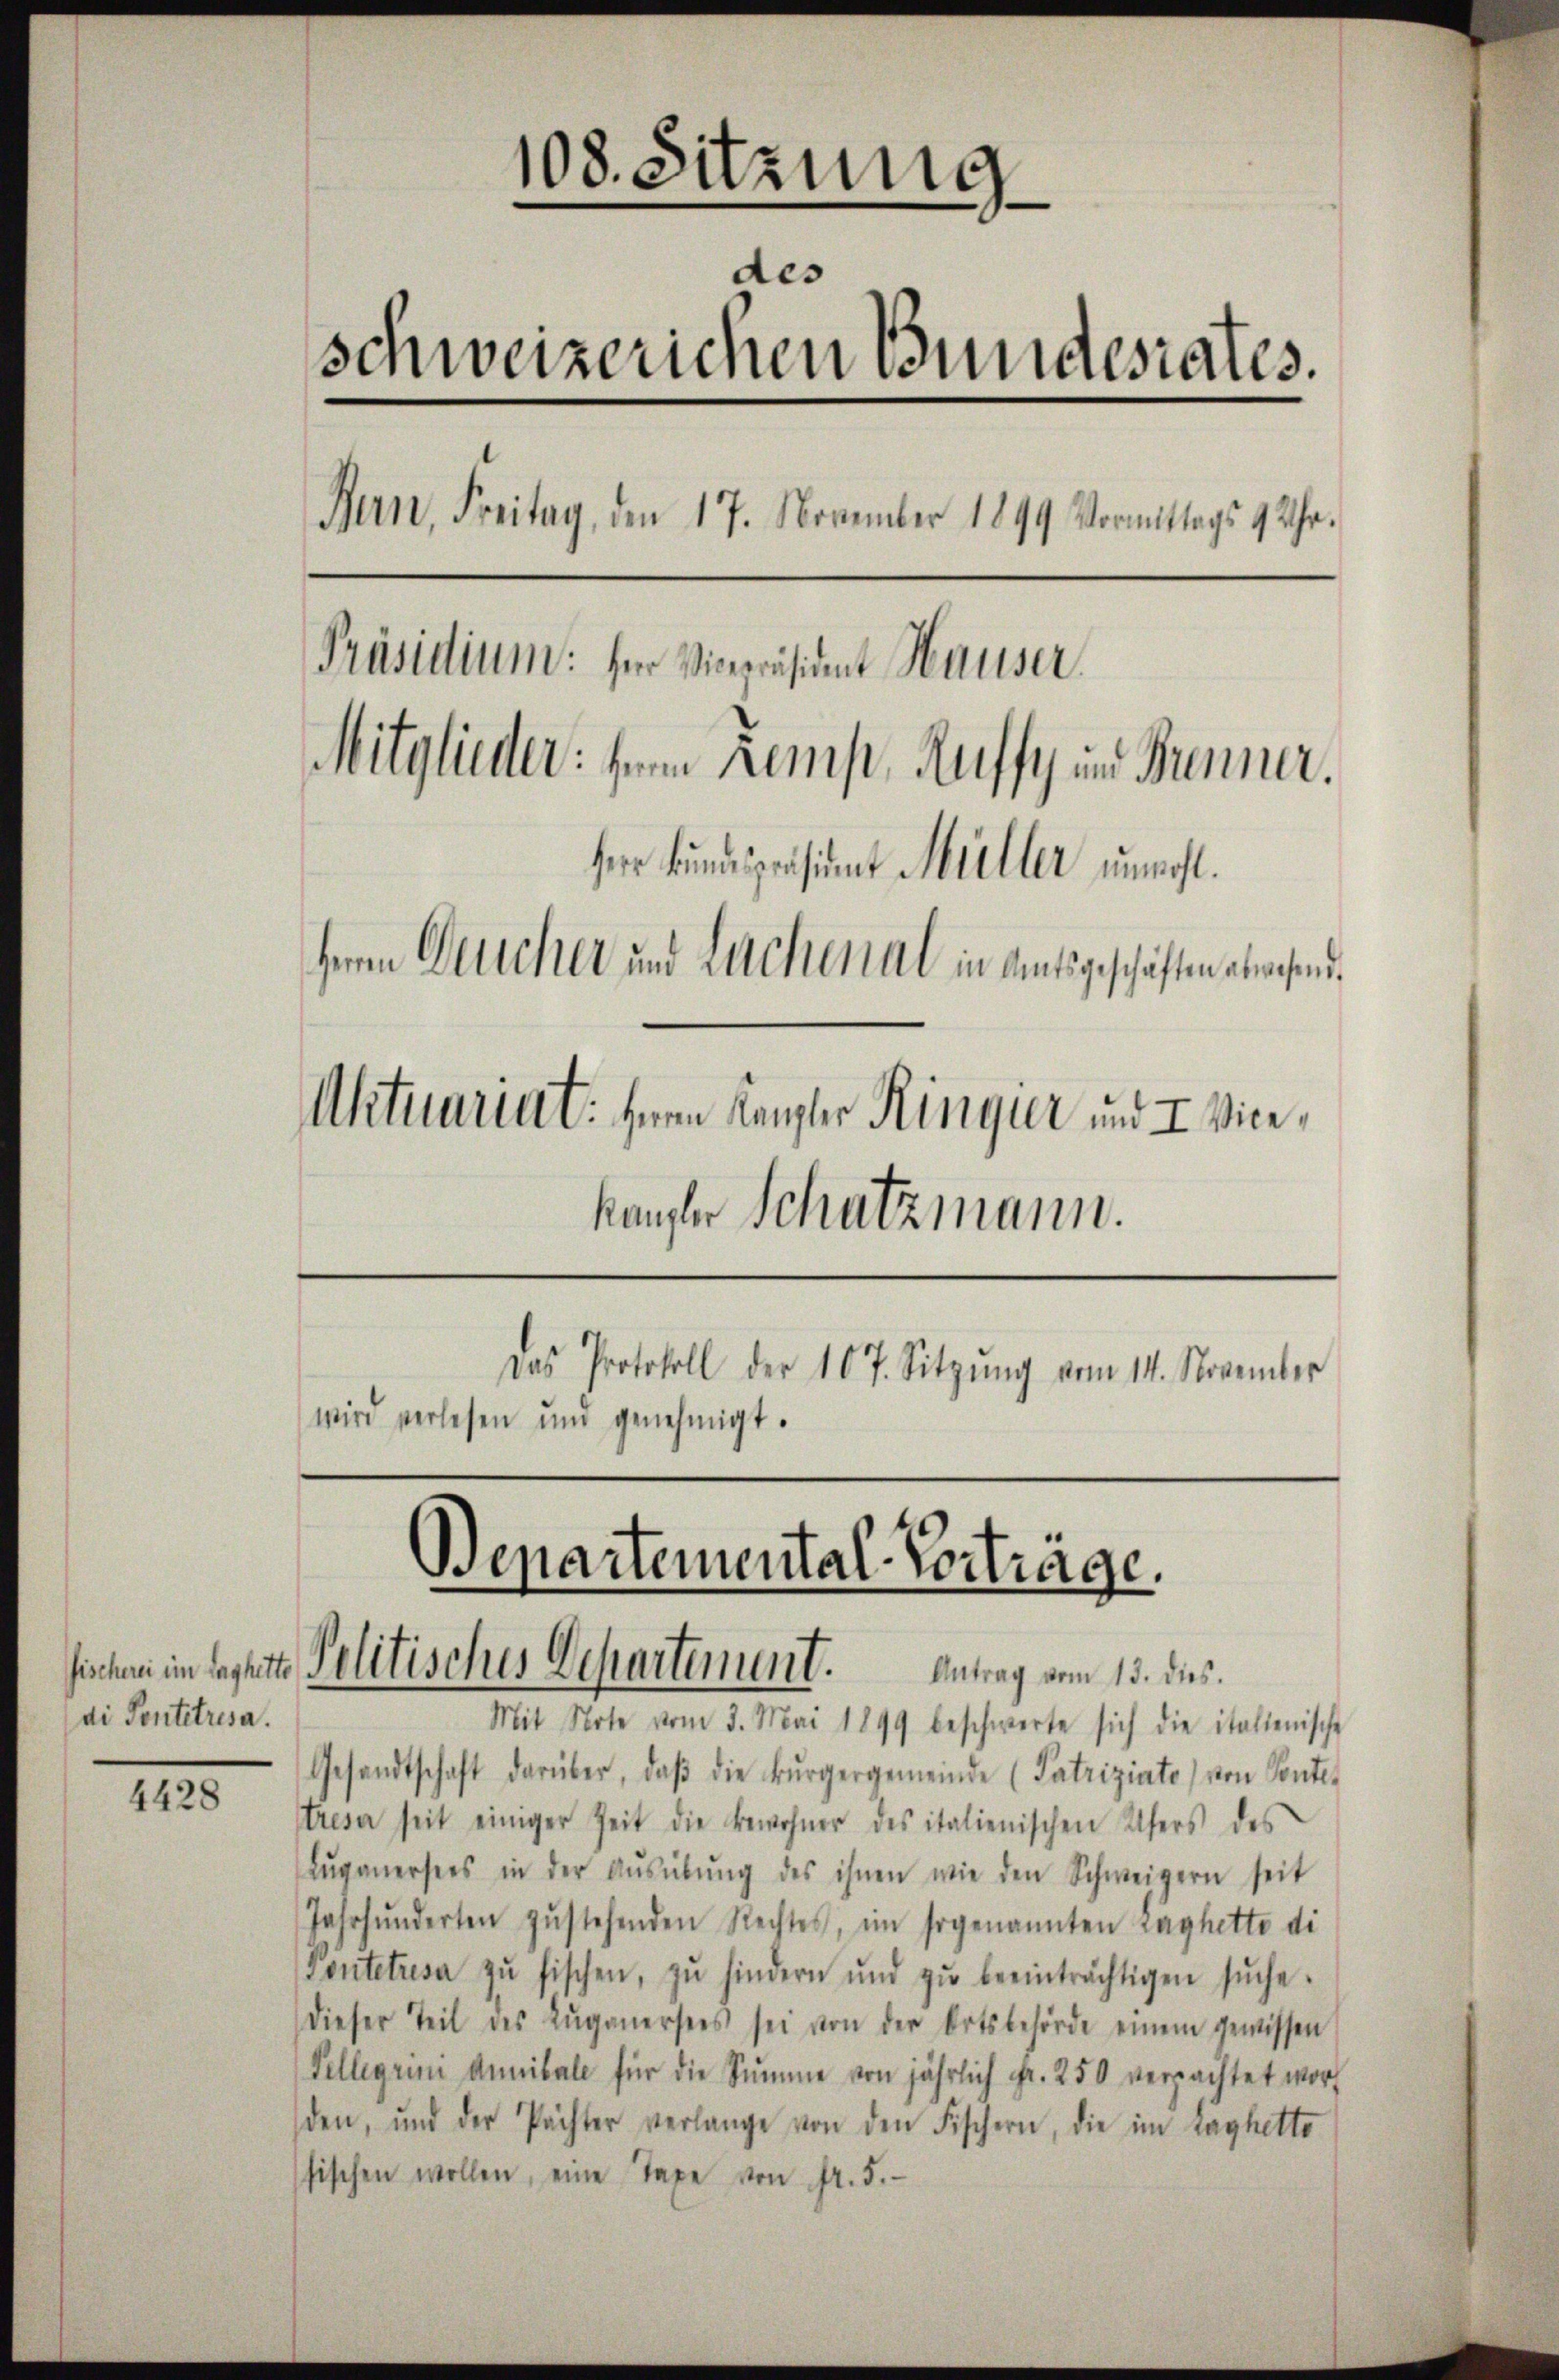
di Sentitresa.

4428

108. Sitzung
des
schweizerichen Bundesrates.
Bern, Freitag, den 17. November 1899 Vormittags 9 Uhr.
Präsidium: für Vicepräsident Hauser
Mitglieder: Herrn Kemp, Ruffy im Brenner.
her kundispensint Müller unwohl.
Herrn Deucher und Lachenal in Amtsgeschäften abwesend.
Aktuariat. Herrn Kanzler Ringer und I Vicekaufer Schutzmann.
Das Protokoll der 107. Sitzŭng vom 14. November
wird verlesen und genehmigt.

Departemental-Vorträge.
sischen im laghitte Politisches Departement. Antrag vom 15. dies

Mit Note vom 3. Mai 1899 beschwerte sich die italienische
Gesandtschaft darüber, daβ die Bürgergemeinde (Patriziato von Ponte-
tresa seit einiger Zeit die Bewohner des italienischen Ufers des
Zŭganersees in der Aŭsübŭng des ihnen wie den Schweizern seit
Jahrhunderten zŭstehenden Rechtes, im sogenannten Laghette di
Pintetresa zŭ fischen, zu hindern und zŭ beeinträchtigen sŭche.
dieser Teil des Zŭganersees sei von der Ortsbehörde einem gewissen
Telligrini annibale für die Summe von jährlich Fr. 250 verpachtet word
den, und der Pächter verlange von den Fischern, die im Taghetto
fischen wollen, eine Taxe von fr. 5.